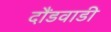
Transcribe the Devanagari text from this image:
दौंडवाडी